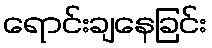
ရောင်းချနေခြင်း